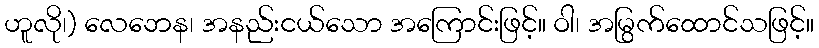
ဟူလို၊) လေဘေန၊ အနည်းငယ်သော အကြောင်းဖြင့်။ ဝါ၊ အမြွက်ထောင်သဖြင့်။